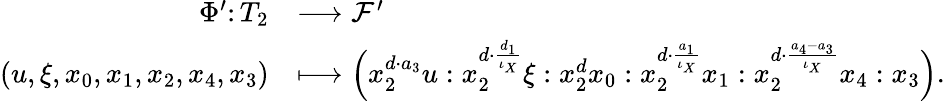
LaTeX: \begin{array}{rl}{\Phi^{\prime}\colon T_{2}}&{\longrightarrow\mathcal{F}^{\prime}}\\ {(u,\xi,x_{0},x_{1},x_{2},x_{4},x_{3})}&{\longmapsto\Big(x_{2}^{d\cdot a_{3}}u:x_{2}^{d\cdot\frac{d_{1}}{\iota_{X}}}\xi:x_{2}^{d}x_{0}:x_{2}^{d\cdot\frac{a_{1}}{\iota_{X}}}x_{1}:x_{2}^{d\cdot\frac{a_{4}-a_{3}}{\iota_{X}}}x_{4}:x_{3}\Big).}\end{array}